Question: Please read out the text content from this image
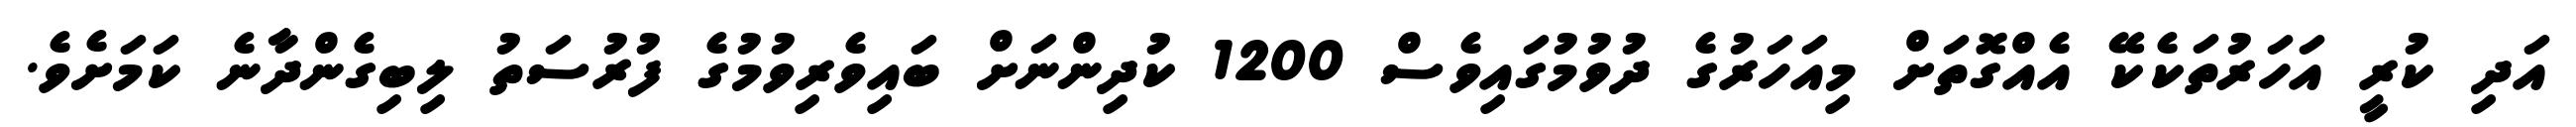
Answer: އަދި ކުރީ އަހަރުތަކެކޭ އެއްގޮތަށް މިއަހަރުގެ ދުވުމުގައިވެސް 1200 ކުދިންނަށް ބައިވެރިވުމުގެ ފުރުސަތު ލިބިގެންދާނެ ކަމަށެވެ.